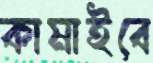
কামাইবে